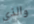
والذي